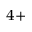
^ { 4 + }